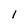
Character: 1